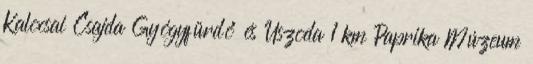
Kalocsai Csajda Gyógyfürdő és Uszoda 1 km Paprika Múzeum